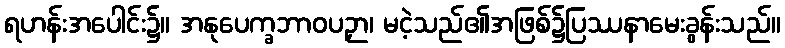
ရဟန်းအပေါင်း၌။ အနုပေက္ခဘာဝပဉှာ၊ မငဲ့သည်၏အဖြစ်၌ပြဿနာမေးခွန်းသည်။